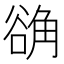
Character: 𬢗